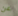
عن